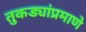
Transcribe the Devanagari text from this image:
तुकड्यांप्रमाणे